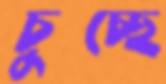
চুচ্ছে